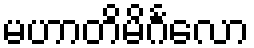
မဟာတိမိင်္ဂလော